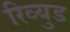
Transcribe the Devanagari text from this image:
रिव्युड